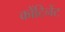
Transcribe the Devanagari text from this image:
कोंटिनेंट